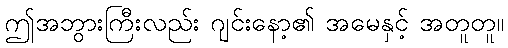
ဤအဘွားကြီးလည်း ဂျင်းနော့၏ အမေနှင့် အတူတူ။